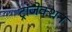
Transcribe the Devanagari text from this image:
ट्रांजेक्‍शन